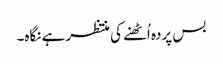
بس پردہ اُٹھنے کی منتظر ہے نگاہ۔